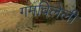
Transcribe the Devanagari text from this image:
गमविलेली